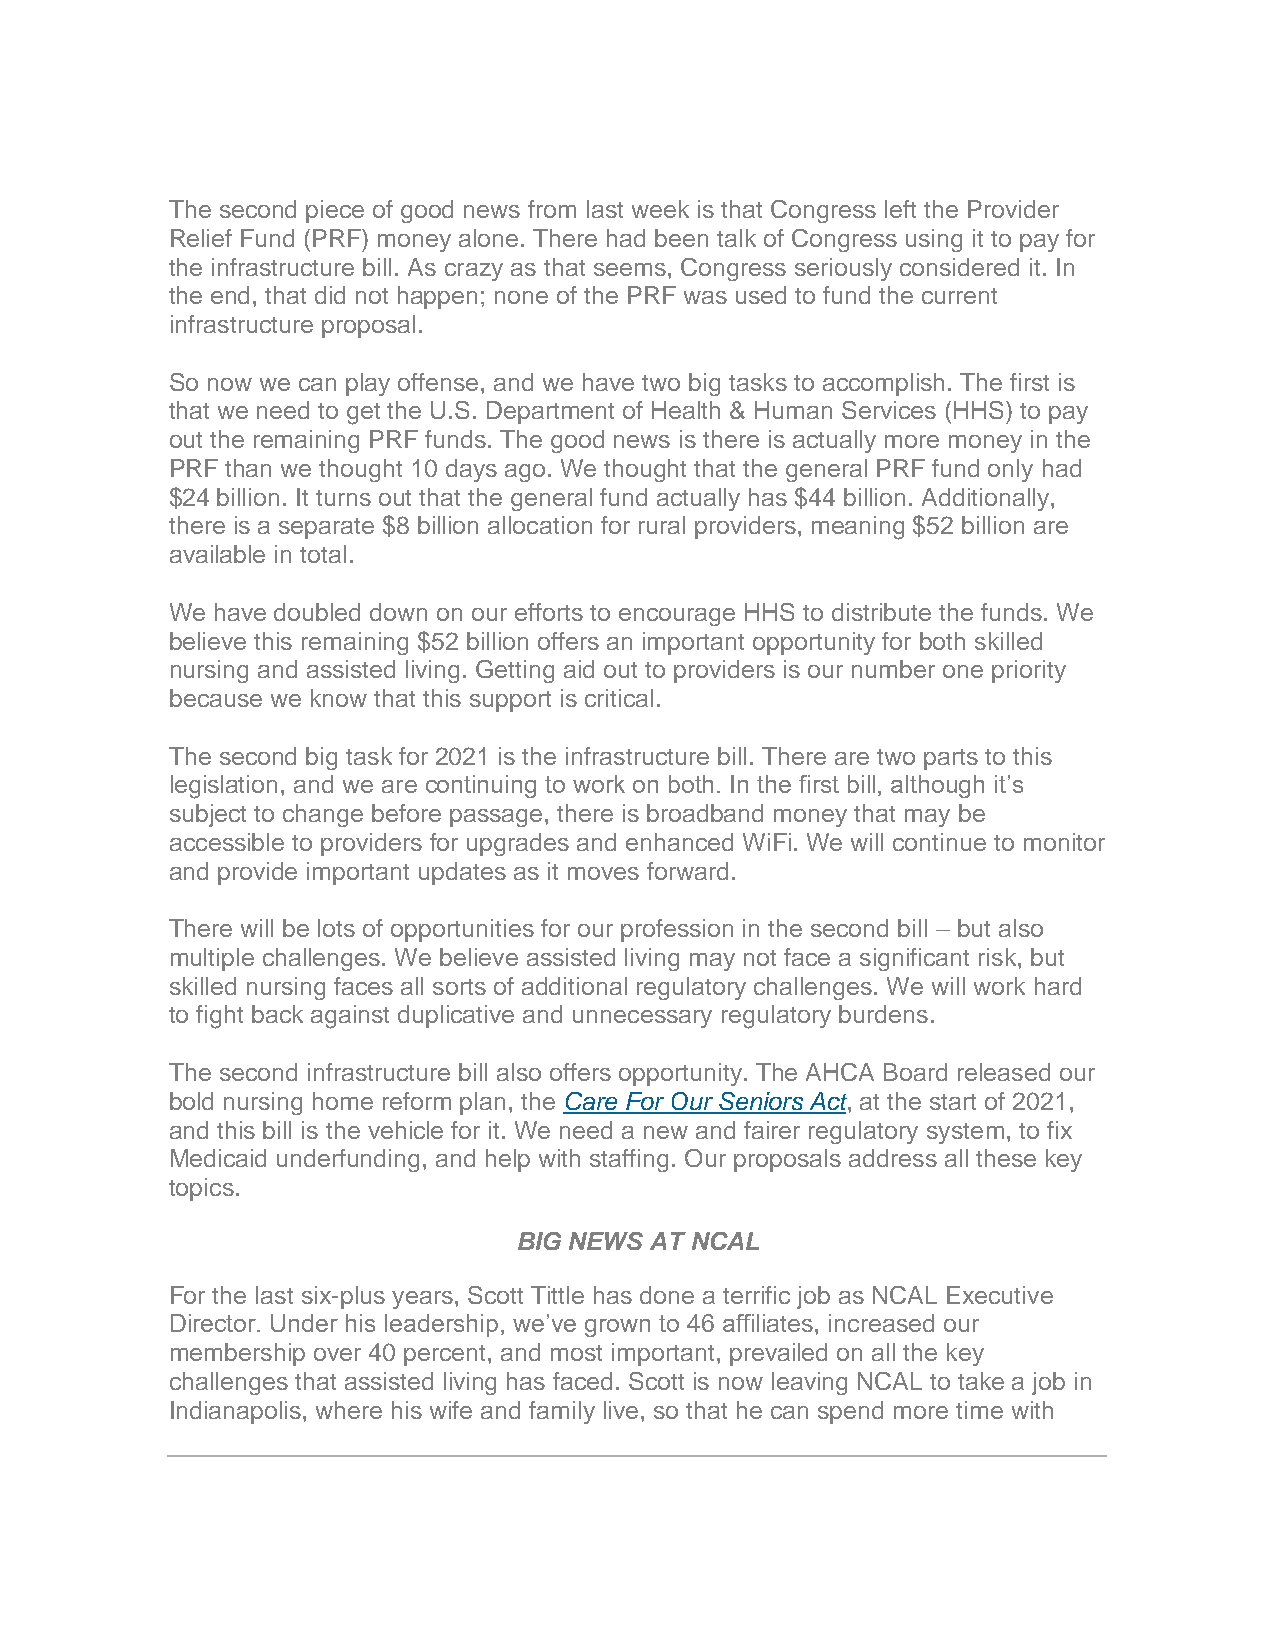
The second piece of good news from last week is that Congress left the Provider
 Relief Fund (PRF) money alone. There had been talk of Congress using it to pay for
 the infrastructure bill. As crazy as that seems, Congress seriously considered it. In
 the end, that did not happen; none of the PRF was used to fund the current
 infrastructure proposal.
 So now we can play offense, and we have two big tasks to accomplish. The first is
 that we need to get the U.S. Department of Health & Human Services (HHS) to pay
 out the remaining PRF funds. The good news is there is actually more money in the
 PRF than we thought 10 days ago. We thought that the general PRF fund only had
 $24 billion. It turns out that the general fund actually has $44 billion. Additionally,
 there is a separate $8 billion allocation for rural providers, meaning $52 billion are
 available in total.
 We have doubled down on our efforts to encourage HHS to distribute the funds. We
 believe this remaining $52 billion offers an important opportunity for both skilled
 nursing and assisted living. Getting aid out to providers is our number one priority
 because we know that this support is critical.
 The second big task for 2021 is the infrastructure bill. There are two parts to this
 legislation, and we are continuing to work on both. In the first bill, although it’s
 subject to change before passage, there is broadband money that may be
 accessible to providers for upgrades and enhanced WiFi. We will continue to monitor
 and provide important updates as it moves forward.
 There will be lots of opportunities for our profession in the second bill – but also
 multiple challenges. We believe assisted living may not face a significant risk, but
 skilled nursing faces all sorts of additional regulatory challenges. We will work hard
 to fight back against duplicative and unnecessary regulatory burdens.
 The second infrastructure bill also offers opportunity. The AHCA Board released our
 bold nursing home reform plan, the Care For Our Seniors Act, at the start of 2021,
 and this bill is the vehicle for it. We need a new and fairer regulatory system, to fix
 Medicaid underfunding, and help with staffing. Our proposals address all these key
 topics.
 BIG NEWS AT NCAL
 For the last six-plus years, Scott Tittle has done a terrific job as NCAL Executive
 Director. Under his leadership, we’ve grown to 46 affiliates, increased our
 membership over 40 percent, and most important, prevailed on all the key
 challenges that assisted living has faced. Scott is now leaving NCAL to take a job in
 Indianapolis, where his wife and family live, so that he can spend more time with